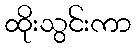
ထိုးသွင်းကာ